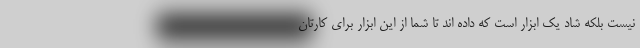
نیست بلکه شاد یک ابزار است که داده اند تا شما از این ابزار برای کارتان